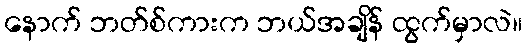
နောက် ဘတ်စ်ကားက ဘယ်အချိန် ထွက်မှာလဲ။